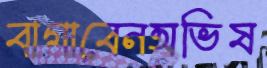
বাগাবেনঅভিষ